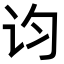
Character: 𬣝